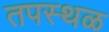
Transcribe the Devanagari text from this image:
तपस्थळ